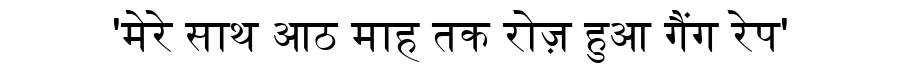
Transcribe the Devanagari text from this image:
'मेरे साथ आठ माह तक रोज़ हुआ गैंग रेप'